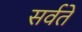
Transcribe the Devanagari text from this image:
सर्वते